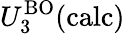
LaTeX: U_{3}^{\mathrm{BO}}(\mathrm{calc})